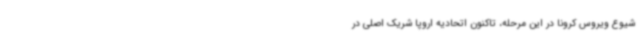
شیوع ویروس کرونا در این مرحله، تاکنون اتحادیه اروپا شریک اصلی در